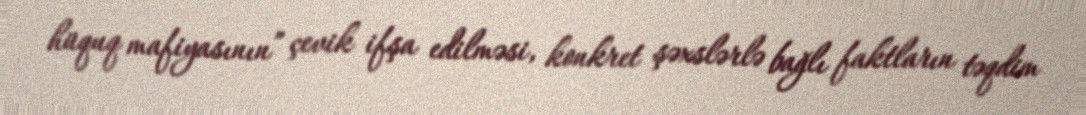
hüquq mafiyasının” çevik ifşa edilməsi, konkret şəxslərlə bağlı faktların təqdim